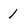
Character: 1